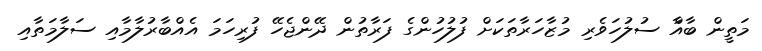
މަތީން ބާއްާ ސުލުހަވެރި މުޒާހަރާތަކަށް ފުލުހުންގެ ފަރާތުން ދޭންޖެހޭ ފުރިހަމަ އެއްބާރުލާމާއި ސަލާމަތާއި